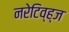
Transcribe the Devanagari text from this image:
नरेटिव्ह्ज